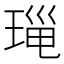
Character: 𤦄